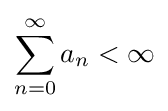
\sum _{n=0}^{\infty }a_{n}<\infty